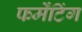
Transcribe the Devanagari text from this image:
फर्मेंटिंग